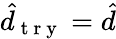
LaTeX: \hat{d}_{\mathrm{~t~r~y~}}=\hat{d}